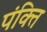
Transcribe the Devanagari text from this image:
पंक्‍ति